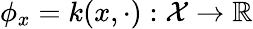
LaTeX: \phi_{x}=k(x,\cdot):\mathcal{X}\to\mathbb{R}